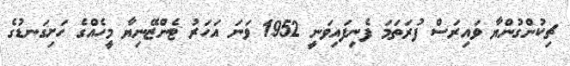
ޗިކުންގުންޔާ ވައިރަސް ފުރަތަމަ ފެނިފައިވަނީ 1952 ވަނަ އަަހަރު ޓެންޒޭނިޔާ މީހެއްގެ ހަށިގަނޑުގެ